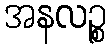
အနလဉ္စ